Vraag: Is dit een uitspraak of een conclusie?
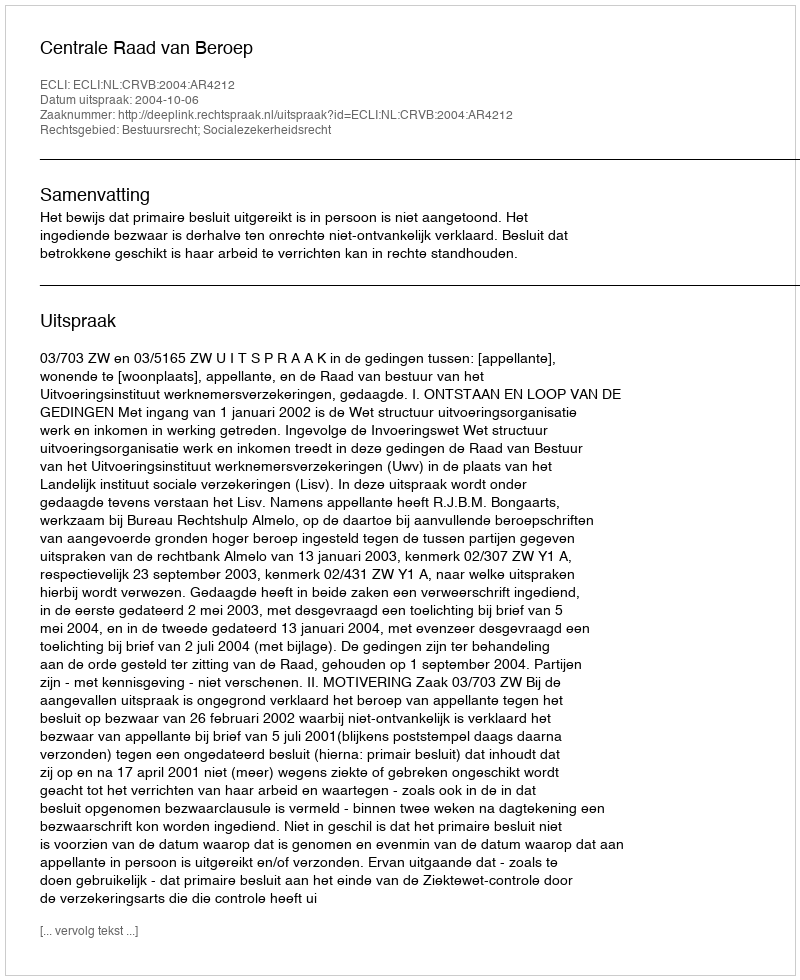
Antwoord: Uitspraak